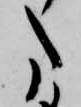
た